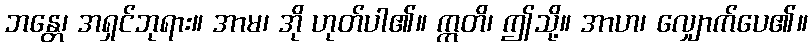
ဘန္တေ၊ အရှင်ဘုရား။ အာမ၊ အို ဟုတ်ပါ၏။ ဣတိ၊ ဤသို့။ အာဟ၊ လျှောက်ပေ၏။